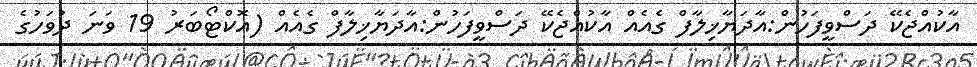
އާކުއްޖެކޭ ދަސްވީފަހުން:އާދަޔާޚިލާފް ގެއެއް އާކުއްޖެކޭ ދަސްވީފަހުން:އާދަޔާޚިލާފް ގެއެއް (އޮކްޓޯބަރު 19 ވަނަ ދުވަހުގެ